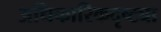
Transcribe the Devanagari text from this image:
अधिकारिकदृष्ट्या